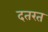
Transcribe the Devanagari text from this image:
दतरत